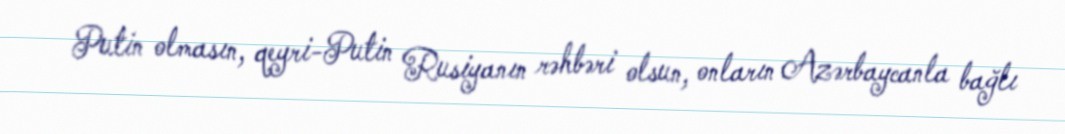
Putin olmasın, qeyri-Putin Rusiyanın rəhbəri olsun, onların Azərbaycanla bağlı